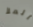
الملأ